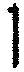
1